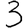
Digit: 3